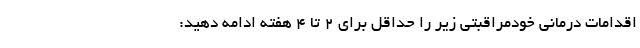
اقدامات درمانی خودمراقبتی زیر را حداقل برای ۲ تا ۴ هفته ادامه دهید: